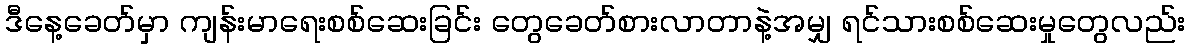
ဒီနေ့ခေတ်မှာ ကျန်းမာရေးစစ်ဆေးခြင်း တွေခေတ်စားလာတာနဲ့အမျှ ရင်သားစစ်ဆေးမှုတွေလည်း